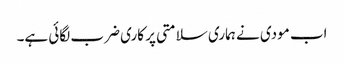
اب مودی نے ہماری سلامتی پر کاری ضرب لگائی ہے۔